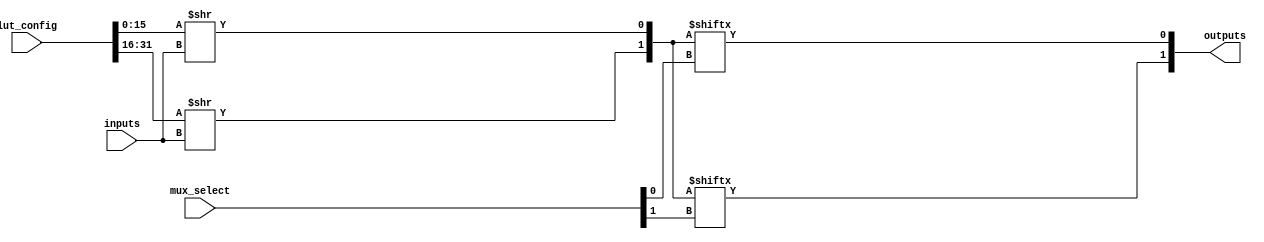
module CLB_PLD #(
    parameter NUM_INPUTS = 4, // Number of inputs
    parameter NUM_OUTPUTS = 2, // Number of outputs
    parameter NUM_LUTS = 2,    // Number of LUTs
    parameter LUT_SIZE = 16     // Size of LUT (2^NUM_INPUTS)
)(
    input wire [NUM_INPUTS-1:0] inputs, // Input signals
    input wire [NUM_LUTS*LUT_SIZE-1:0] lut_config, // LUT configuration
    input wire [NUM_OUTPUTS-1:0] mux_select, // MUX select signals
    output wire [NUM_OUTPUTS-1:0] outputs // Output signals
);

// LUTs implementation
wire [NUM_LUTS-1:0] lut_outputs;

genvar i;
generate
    for (i = 0; i < NUM_LUTS; i = i + 1) begin : lut_block
        // Each LUT is a 2^NUM_INPUTS wide memory
        assign lut_outputs[i] = lut_config[(i+1)*LUT_SIZE-1 -: LUT_SIZE] >> inputs;
    end
endgenerate

// MUX implementation
generate
    for (i = 0; i < NUM_OUTPUTS; i = i + 1) begin : mux_block
        assign outputs[i] = lut_outputs[mux_select[i]];
    end
endgenerate

endmodule